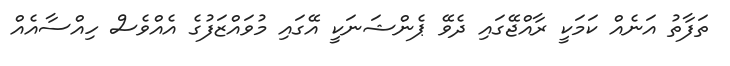
ތަފާތު އަނެއް ކަމަކީ ރާއްޖޭގައި ދެވޭ ޕެންޝަނަކީ އޭގައި މުވައްޒަފުގެ އެއްވެސް ހިއްސާއެއް